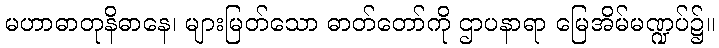
မဟာဓာတုနိဓာနေ၊ များမြတ်သော ဓာတ်တော်ကို ဌာပနာရာ မြေအိမ်မဏ္ဍပ်၌။